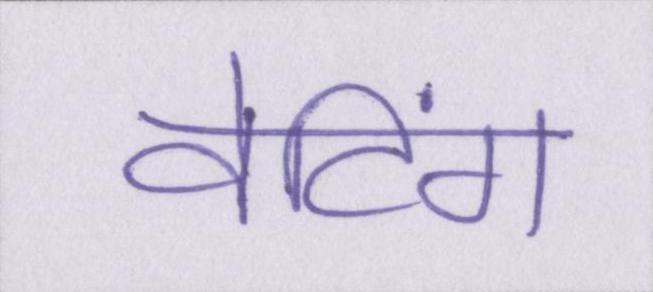
वेटिंग